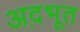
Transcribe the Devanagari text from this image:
अद़भूत